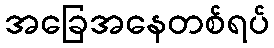
အခြေအနေတစ်ရပ်